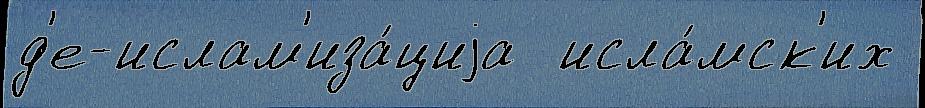
д'е-ислам'иза́циjа  исла́мск'их